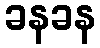
ခနခန